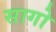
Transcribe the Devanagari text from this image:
सागो